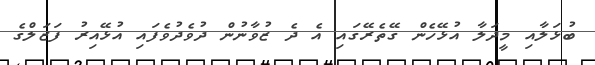
ބުޅަލާއި މީދަލާ އުޅޭހެން ގޭތެރޭގައި އެ ދެ ޒުވާނުން ދުވެދުވެފައި އުޅޭއިރު ފަޒަލްގެ